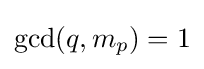
\gcd(q,m_{p})=1